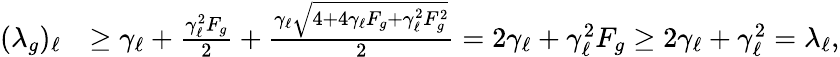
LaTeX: \begin{array}{rl}{(\lambda_{g})_{\ell}}&{\geq\gamma_{\ell}+\frac{\gamma_{\ell}^{2}F_{g}}{2}+\frac{\gamma_{\ell}\sqrt{4+4\gamma_{\ell}F_{g}+\gamma_{\ell}^{2}F_{g}^{2}}}{2}=2\gamma_{\ell}+\gamma_{\ell}^{2}F_{g}\geq 2\gamma_{\ell}+\gamma_{\ell}^{2}=\lambda_{\ell},}\end{array}